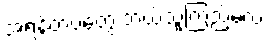
အရန်တပ်တွေ ဘယ်သူကြည့်မလဲ